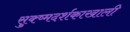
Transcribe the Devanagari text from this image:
सुक्ष्मदर्शकाखाली